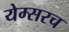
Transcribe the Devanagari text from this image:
येम्सरच